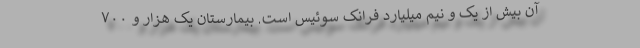
آن بیش از یک و نیم میلیارد فرانک سوئیس است. بیمارستان یک هزار و ۷۰۰